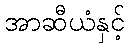
အာဆီယံနှင့်